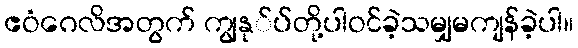
ဧဝံဂေလိအတွက် ကျွနု်ပ်တို့ပါဝင်ခဲ့သမျှမကျန်ခဲ့ပါ။